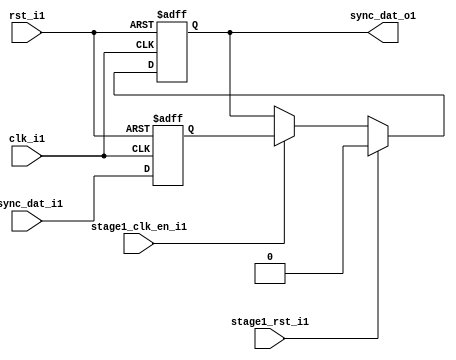
module uart_sync_flops1
(
  // internal signals1
  rst_i1,
  clk_i1,
  stage1_rst_i1,
  stage1_clk_en_i1,
  async_dat_i1,
  sync_dat_o1
);

parameter Tp1            = 1;
parameter width         = 1;
parameter init_value1    = 1'b0;

input                           rst_i1;                  // reset input
input                           clk_i1;                  // clock1 input
input                           stage1_rst_i1;           // synchronous1 reset for stage1 1 FF1
input                           stage1_clk_en_i1;        // synchronous1 clock1 enable for stage1 1 FF1
input   [width-1:0]             async_dat_i1;            // asynchronous1 data input
output  [width-1:0]             sync_dat_o1;             // synchronous1 data output


//
// Interal1 signal1 declarations1
//

reg     [width-1:0]             sync_dat_o1;
reg     [width-1:0]             flop_01;


// first stage1
always @ (posedge clk_i1 or posedge rst_i1)
begin
    if (rst_i1)
        flop_01 <= #Tp1 {width{init_value1}};
    else
        flop_01 <= #Tp1 async_dat_i1;    
end

// second stage1
always @ (posedge clk_i1 or posedge rst_i1)
begin
    if (rst_i1)
        sync_dat_o1 <= #Tp1 {width{init_value1}};
    else if (stage1_rst_i1)
        sync_dat_o1 <= #Tp1 {width{init_value1}};
    else if (stage1_clk_en_i1)
        sync_dat_o1 <= #Tp1 flop_01;       
end

endmodule